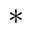
^ *